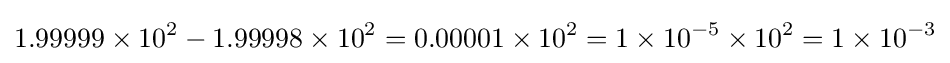
1.99999\times 10^{2}-1.99998\times 10^{2}=0.00001\times 10^{2}=1\times 10^{-5}\times 10^{2}=1\times 10^{-3}